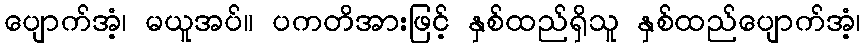
ပျောက်အံ့၊ မယူအပ်။ ပကတိအားဖြင့် နှစ်ထည်ရှိသူ နှစ်ထည်ပျောက်အံ့၊